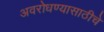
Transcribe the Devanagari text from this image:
अवरोधण्यासाठीचे